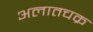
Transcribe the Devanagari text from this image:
अलातचक्र